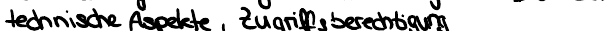
technische Aspekte, Zugriffsberechtigung